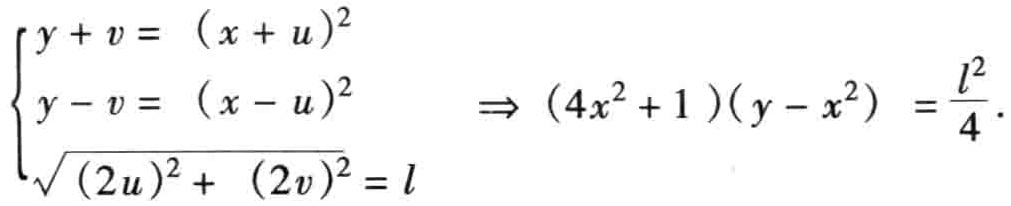
\[\left\{\begin{array}{l}y + v =  (x + u)^2\\y - v =  (x - u)^2\\\sqrt{(2u)^2 + (2v)^2} = l\end{array}\right.\Rightarrow(4x^{2}+1)(y - x^{2})=\frac{l^{2}}{4}.\]